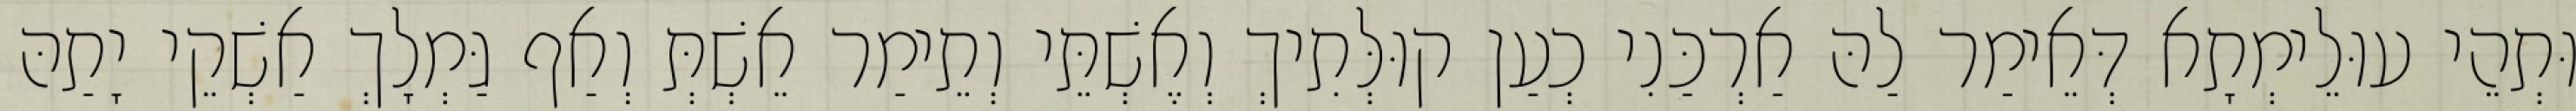
וּתְהֵי עוּלֵימְתָא דְּאֵימַר לַהּ אַרְכַּנִי כְעַן קוּלְּתִיךְ וְאֶשְׁתֵּי וְתֵימַר אֵשְׁתְּ וְאַף גַּמְלָךְ אַשְׁקֵי יָתַהּ